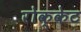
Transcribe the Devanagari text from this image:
रोक्केट